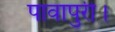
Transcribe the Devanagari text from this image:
पावापुरी।